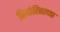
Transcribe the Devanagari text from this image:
फियोरिनाच्या